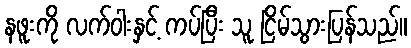
နဖူးကို လက်ဝါးနှင့် ကပ်ပြီး သူ ငြိမ်သွားပြန်သည်။